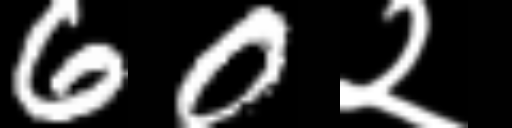
Text: 60२